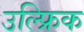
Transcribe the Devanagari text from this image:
उल्फ्रिक